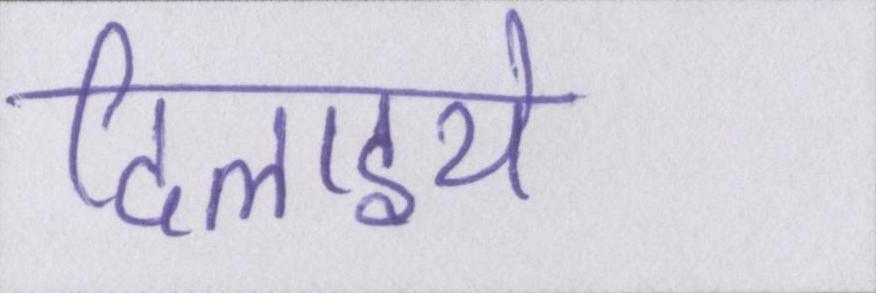
दिलाइये